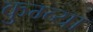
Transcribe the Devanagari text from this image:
कुम्ब्या